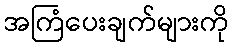
အကြံပေးချက်များကို